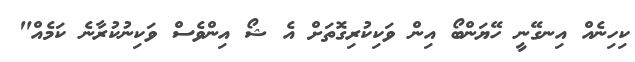
ކިހިނެއް އިނގޭނީ ހޭޔަންބޯ އިން ވަކިކުރިގޮތަށް އެ ޝޯ އިންވެސް ވަކިނުކުރާނެ ކަމެއް"